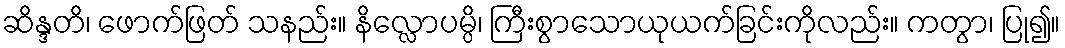
ဆိန္ဒတိ၊ ဖောက်ဖြတ် သနည်း။ နိလ္လောပမ္ပိ၊ ကြီးစွာသောယုယက်ခြင်းကိုလည်း။ ကတွာ၊ ပြု၍။